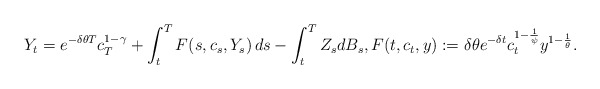
\begin{align*} Y_t = e^{-\delta \theta T} c_T^{1-\gamma} + \int_t^T F(s, c_s, Y_s) \, ds - \int_t^T Z_s dB_s, F(t, c_t, y):= \delta \theta e^{-\delta t} c_t^{1-\frac{1}{\psi}} y^{1-\frac{1}{\theta}}.\end{align*}